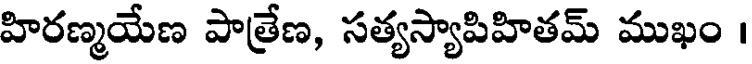
హిరణ్మయేణ పాత్రేణ, సత్యస్యాపిహితమ్ ముఖం ।